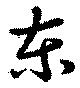
東